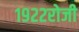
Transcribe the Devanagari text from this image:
१९२२रोजी